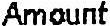
AMOUNT